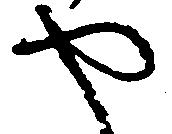
や